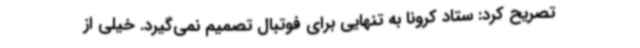
تصریح کرد: ستاد کرونا به تنهایی برای فوتبال تصمیم نمی‌گیرد. خیلی از